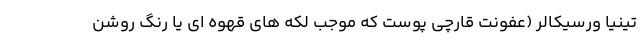
تینیا ورسیکالر (عفونت قارچی پوست که موجب لکه های قهوه ای یا رنگ روشن